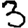
Digit: 3